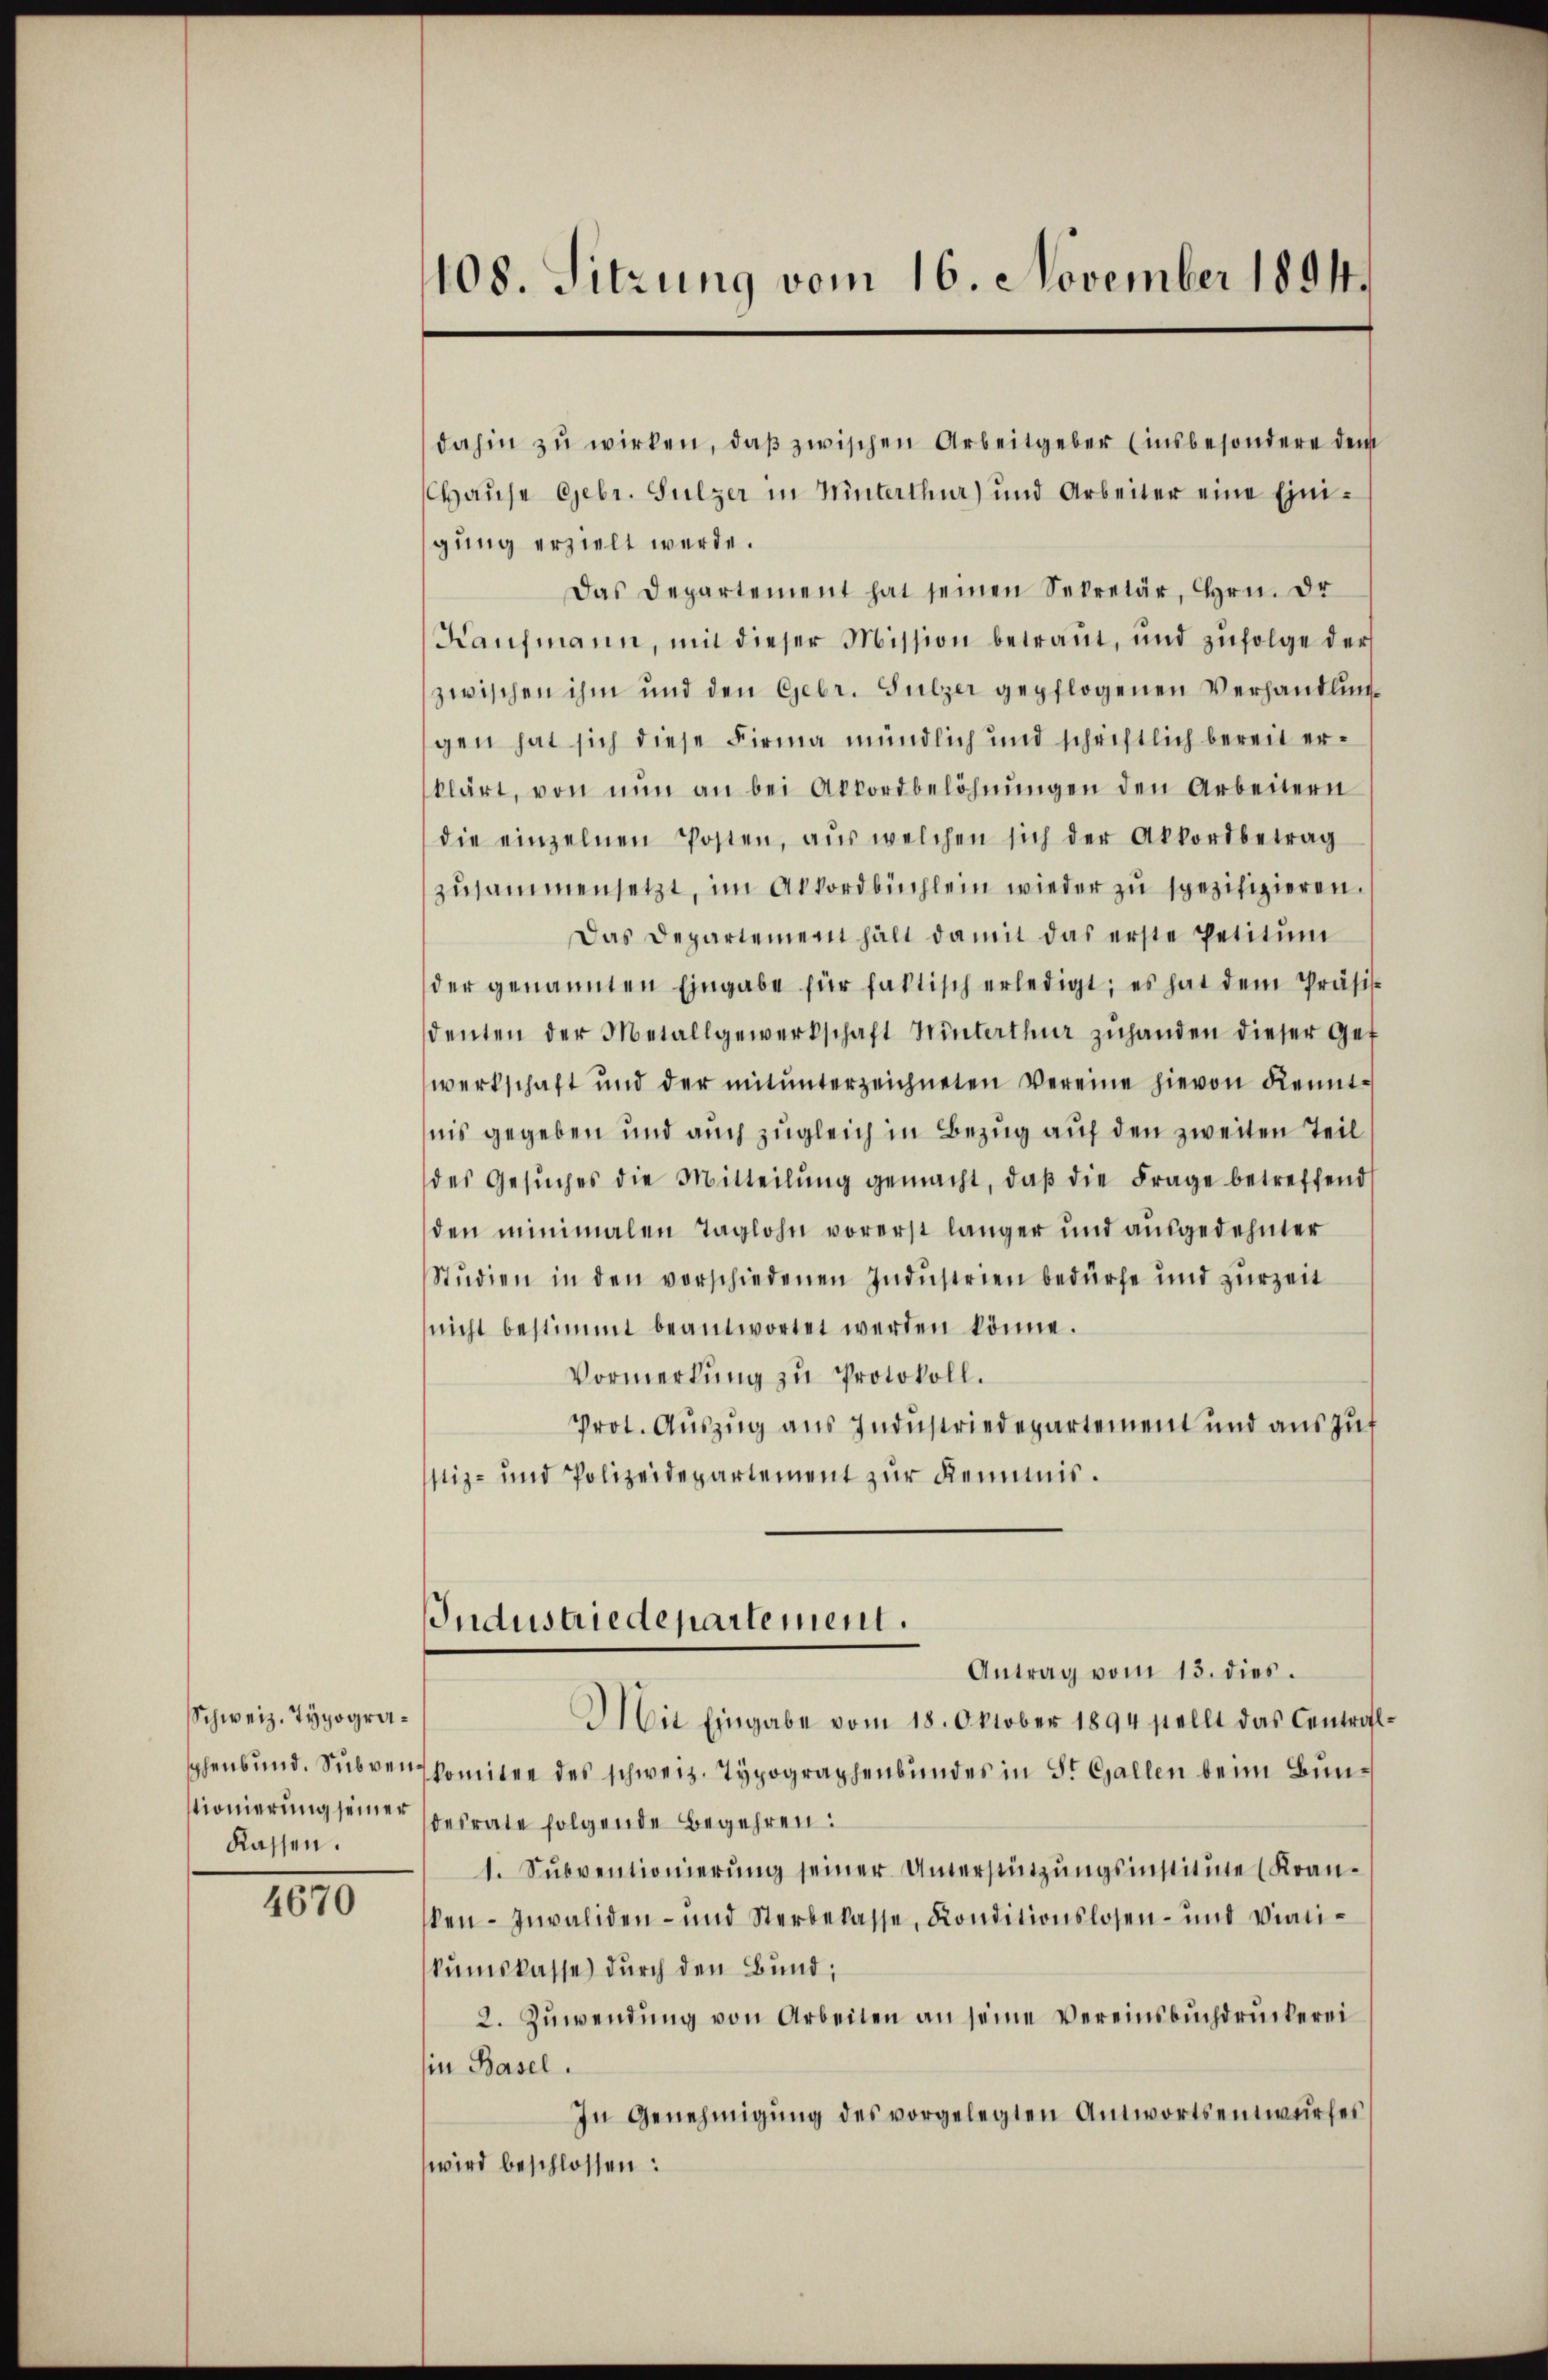
Schweiz. Typogra¬
Kassen.

4670

108. Sitzung vom 16. November 1894.

dahin zŭ wirken, daβ zwischen Arbeitgeber (insbesondere dem
Chaŭse Gebr. Sulzer in Winterthur) und Arbeiter eine Eini-
gung erzielt werde.
Das Departement hat seinen Sekretär, Hrn. Dr
Kaufmann, mit dieser Mission betraut, und zufolge der
zwischen ihm und den Gebr. Sulzer gepflogenen Verhandlungen hat sich diese Firma mündlich und schriftlich bereit erklärt, von nŭn an bei Akkordbelöhnŭngen den Arbeitern
die einzelnen Posten, aŭs welchen sich der Akkordbetrag
zusammensetzt, im Akkordbüchlein wieder zu spezifizieren.
Das Departement halt damit das erste Petitŭm
der genannten Eingabe für faktisch erledigt; es hat dem Präsi
denten der Metallgewerkschaft Winterthur zŭhanden dieser Gef
werkschaft und der mit ŭnterzeichneten Vereine hievon Kennt-
nis gegeben und auch zugleich in Bezug auf den zweiten Teil
des Gesŭches die Mitteilŭng gemacht, daβ die Frage betreffend
den minimalen Taglohn vorerst länger und ausgedehnter
Studien in den vorschiedenen Indŭstrien bedürfe und zŭrzeit
nicht bestimmt beantwortet werden könne.
Vormerkung zu Protokoll.
Prot. Auszug aus Industriedepartement und aŭszŭf
stiz- und Polizeidepartement zur Keimis¬
Industriedepartement.
Antrag vom 13. dies.
Mit Eingabe vom 18. Oktober 1894 stellt das Central
phenbund. Subvenskomitee des schweiz. Typographenbundes in St. Gallen beim Bunstionierung seiner soesrate folgende Begehren:
1. Sŭbventionierŭng seiner Unterstützŭngsinstitute (Kran-
ken- Invaliden- und Sterbelasse, Konditionslosen- und Violikumskasse durch den Bund;
2. Zuwendŭng von Arbeiten an seine Vereinsbŭchdruckerei
in Basel.
In Genehmigŭng des vorgelegten Antwortsentwurfes
wird beschlossen: